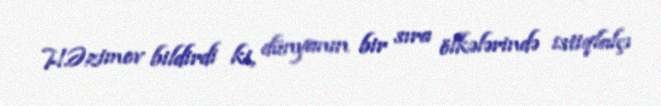
H.Əzimov bildirdi ki, dünyanın bir sıra ölkələrində istiqlalçı